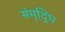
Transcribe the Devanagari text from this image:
संमृृद्धि